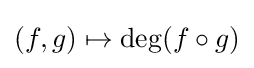
(f,g)\mapsto \deg(f\circ g)